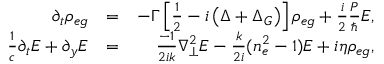
\begin{array} { r l r } { \partial _ { t } { \rho _ { e g } } } & { = } & { - \Gamma \left[ \frac { 1 } { 2 } - i \left( \Delta + \Delta _ { G } \right) \right] \rho _ { e g } + \frac { i } { 2 } \frac { P } { \hbar } E , } \\ { \frac { 1 } { c } \partial _ { t } E + \partial _ { y } E } & { = } & { \frac { - 1 } { 2 i k } \nabla _ { \perp } ^ { 2 } E - \frac { k } { 2 i } ( n _ { e } ^ { 2 } - 1 ) E + i \eta \rho _ { e g } , } \end{array}